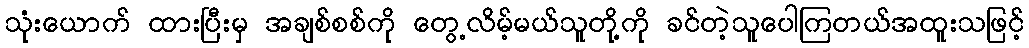
သုံးယောက် ထားပြီးမှ အချစ်စစ်ကို တွေ့လိမ့်မယ်သူတို့ကို ခင်တဲ့သူပေါကြတယ်အထူးသဖြင့်